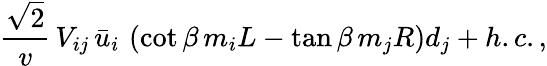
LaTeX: \frac{\sqrt{2}}{v}\, V_{ij}\, \bar{u}_{i}\, \left(\cot\beta\, m_{i}L-\tan\beta\, m_{j}R\right)d_{j}+h.c.,